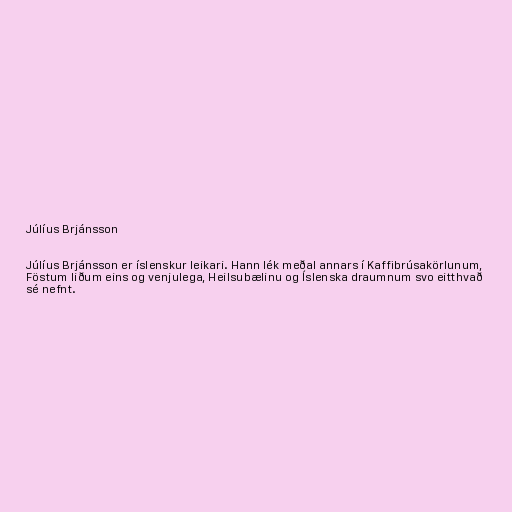
Júlíus Brjánsson

Júlíus Brjánsson er íslenskur leikari. Hann lék meðal annars í Kaffibrúsakörlunum,
Föstum liðum eins og venjulega, Heilsubælinu og Íslenska draumnum svo eitthvað
sé nefnt.